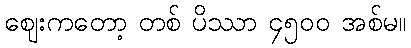
ဈေးကတော့ တစ် ပိဿာ ၄၅၀၀ အစ်မ။